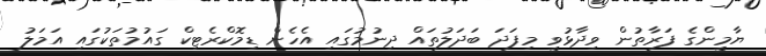
ޔާމީންގެ ފަރާތުން ވިދާޅުވީ މިފަދަ ބަދަލުތައް ދިނުމުގައި އެހެން ޑިމޮކްރެޓިކް ގައުމުތަކުގައި އަމަލު